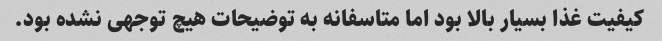
کیفیت غذا بسیار بالا بود اما متاسفانه به توضیحات هیچ توجهی نشده بود.